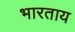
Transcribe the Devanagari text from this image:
भारताय